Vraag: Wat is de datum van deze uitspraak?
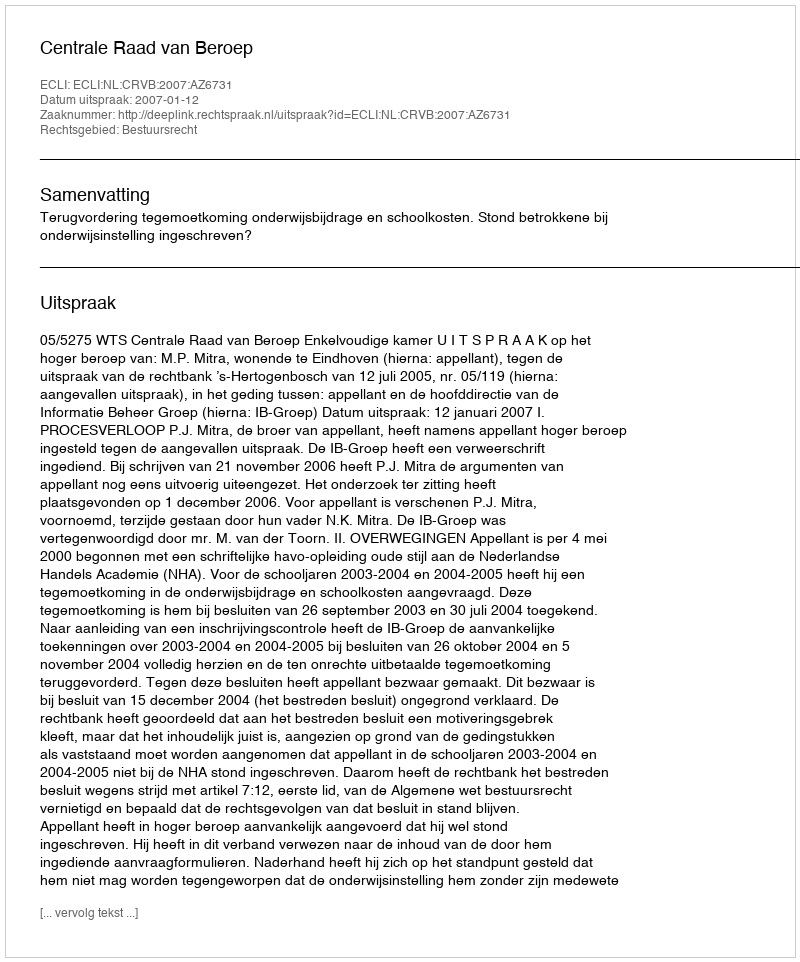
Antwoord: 2007-01-12